Annual administration report of the Civil Veterinary Department of India - 1895-1896
Year: 1895
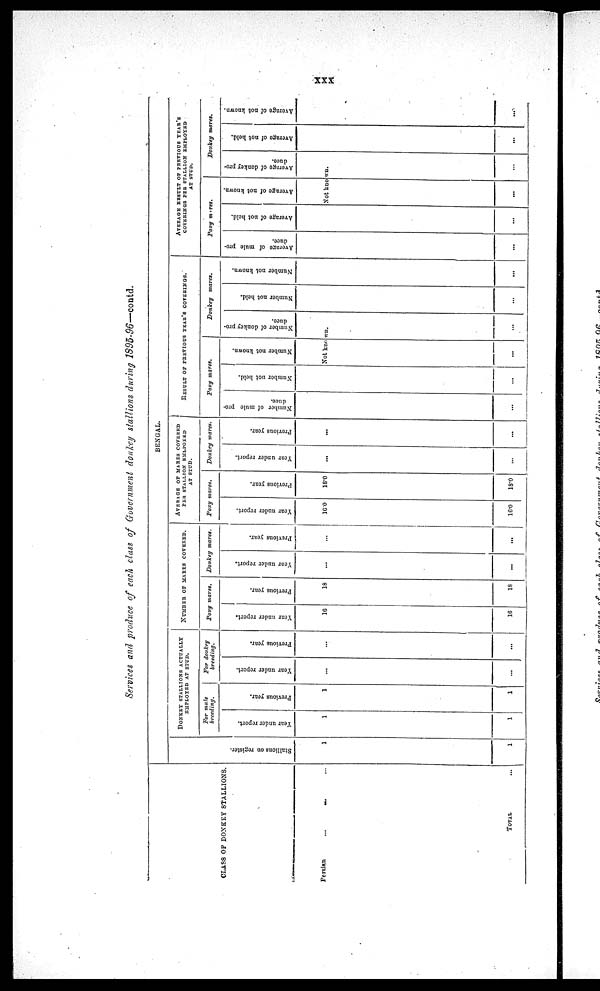
xxx
Services and produce of each class of Government donkey stallions during 1895-96—contd.
CLASS OF DONKEY STALLIONS.
Persian... ... ...
TOTAL ...
BENGAL.
St al l
i
ons on register.
1
1
DONKEY STALLIONS ACTUALLY
EMPLOYED AT STUD.
For mule
breeding.
Year under report.
1
1
Previous year.
1
1
For donkey
breeding.
Year under report.
...
...
Previous year.
...
...
NUMBER OF MARES COVERED.
Pony mares.
Year under report.
16
16
Previous year.
18
18
Donkey
mares.
Year under report.
...
...
Previous year.
...
...
AVERAGE OF MARES COVERED
PER STALLION EMPLOYED
AT STUD.
Pony mares.
Year under report.
16.0
16.0
Previous year.
18.0
18.0
Donkey mares.
Year under report.
...
...
Previous year.
...
...
RESULT OF PREVIOUS YEAR'S COVERINGS.
Pony mares.
Number of mule pro-
duce.
Number not held.
Number not known.
Donkey
mares.
Number of donkey pro-
duce.
Number not held.
Number not known.
Not known.
...
...
...
... ...
...
AVERAGE RESULT OF PREVIOUS YEAR'S
COVERINGS PER STALLION EMPLOYED
AT STUD.
Pony
meres.
Average of mule pro-
duce.
Average of not held.
Average of not known.
Donkey
mares.
Average of donkey pro-
duce.
Average of not held.
Average of not known.
Not known.
...
... ...
...
...
...